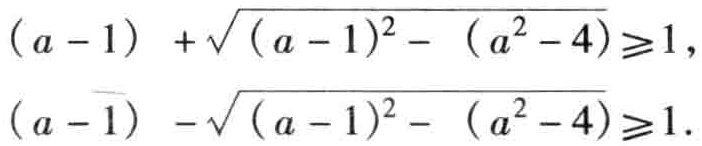
\((a - 1) + \sqrt{(a - 1)^2 - (a^2 - 4)} \geq 1\)，

\((a - 1) - \sqrt{(a - 1)^2 - (a^2 - 4)} \geq 1\)。